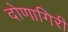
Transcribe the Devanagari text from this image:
दोणागिरी